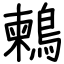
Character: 鶫